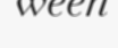
ween